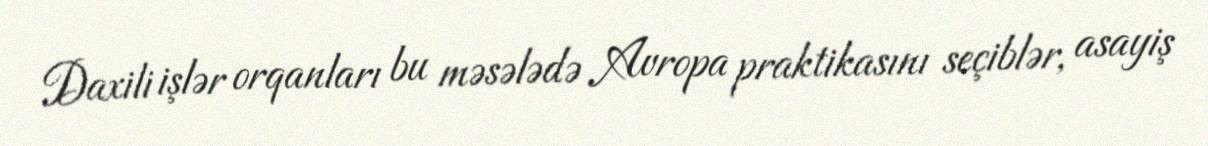
Daxili işlər orqanları bu məsələdə Avropa praktikasını seçiblər, asayiş